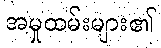
အမှုထမ်းများ၏